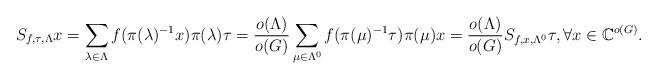
LaTeX: \begin{align*}S_{f, \tau, \Lambda}x=\sum_{\lambda\in \Lambda}f(\pi(\lambda)^{-1}x) \pi(\lambda)\tau =\frac{o(\Lambda)}{o(G)}\sum_{\mu\in \Lambda^0}f(\pi(\mu)^{-1}\tau) \pi(\mu)x=\frac{o(\Lambda)}{o(G)}S_{f, x, \Lambda^0}\tau, \forall x \in \mathbb{C}^{o(G)}.\end{align*}